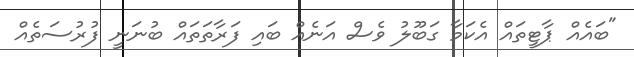
"ބައެއް ޕާޓީތައް އެކަމާ ގަބޫލު ވެސް އަނެއް ބައި ފަރާތަތައް ބުނަނީ ފުރުސަތެއް